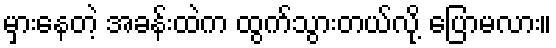
မှားနေတဲ့ အခန်းထဲက ထွက်သွားတယ်လို့ ပြောမလား။